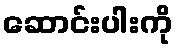
ဆောင်းပါးကို